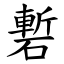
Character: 磛